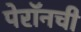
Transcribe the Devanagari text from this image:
पेरॉनची